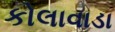
કોલાવાડા